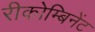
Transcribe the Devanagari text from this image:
रीकोम्बिनेंट